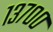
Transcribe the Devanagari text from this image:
१३७००